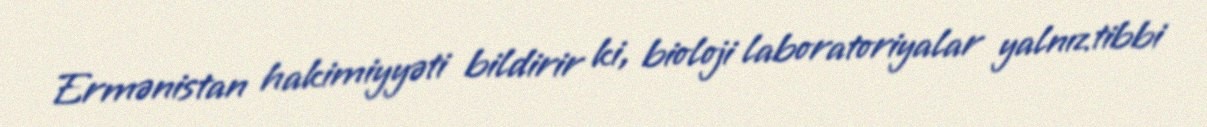
Ermənistan hakimiyyəti bildirir ki, bioloji laboratoriyalar yalnız tibbi